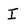
Character: I